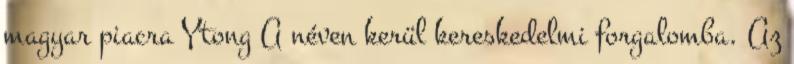
magyar piacra Ytong A néven kerül kereskedelmi forgalomba. Az